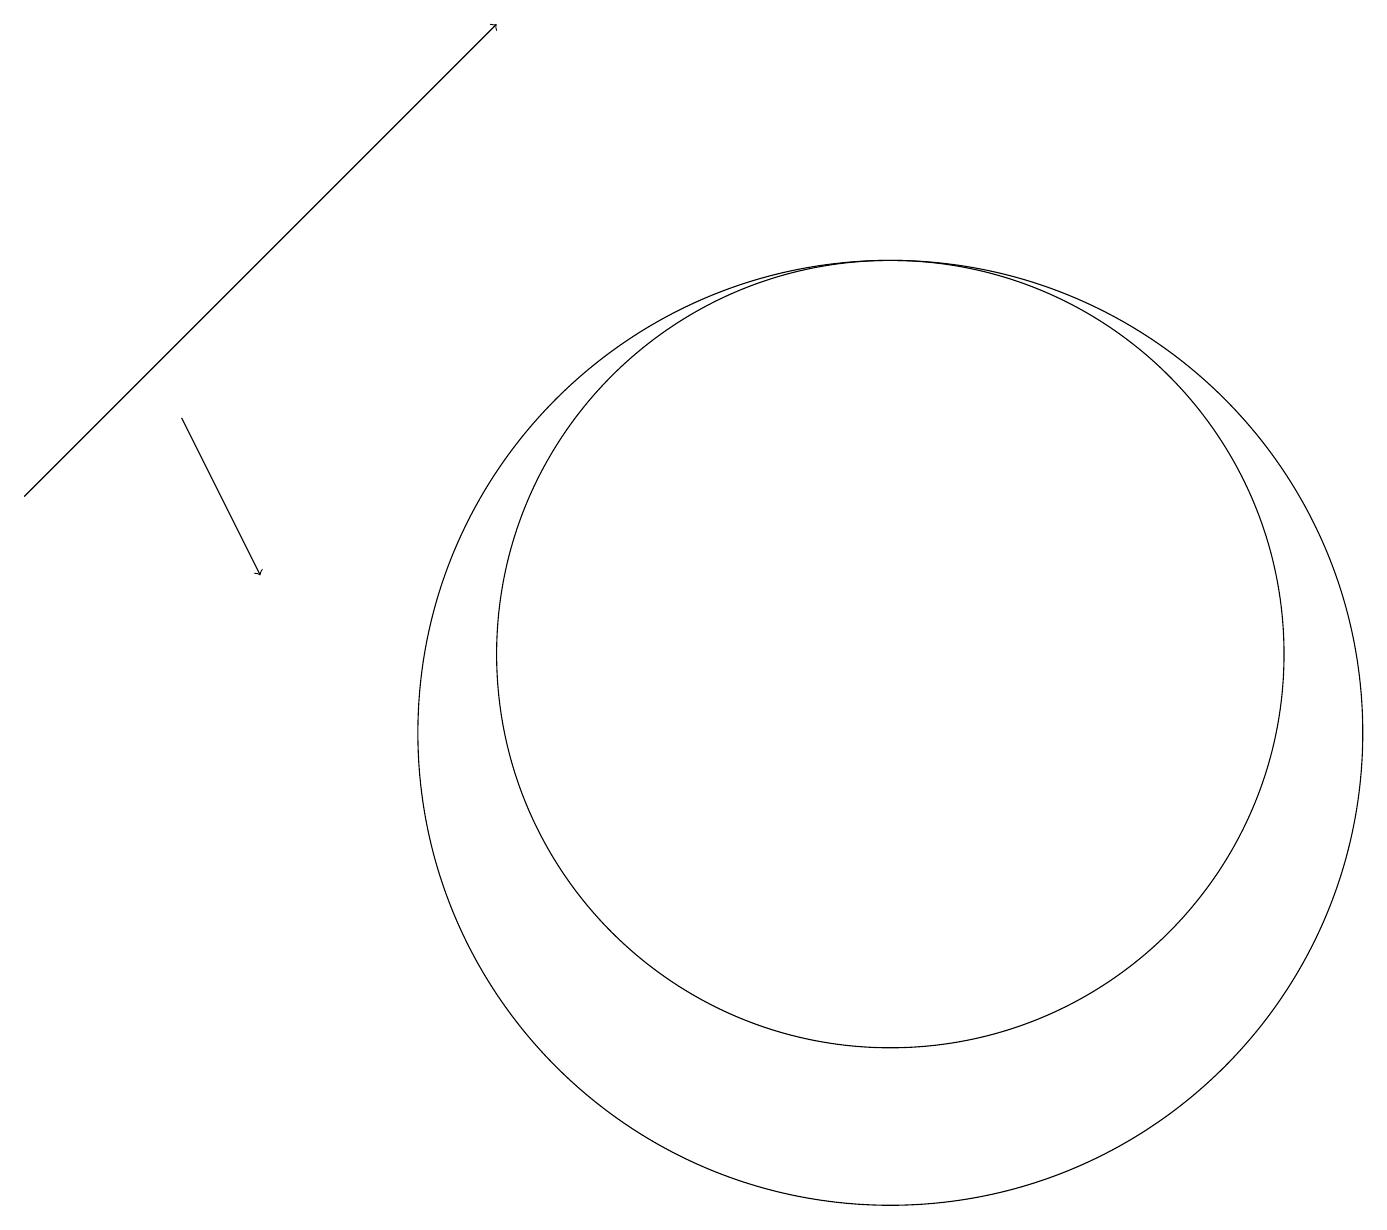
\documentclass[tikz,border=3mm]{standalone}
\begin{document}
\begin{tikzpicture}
\draw[->] (2,14) -- (3,12);
\draw (11,11) circle (5);
\draw (11,10) circle (6);
\draw[->] (0,13) -- (6,19);
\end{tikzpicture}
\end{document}